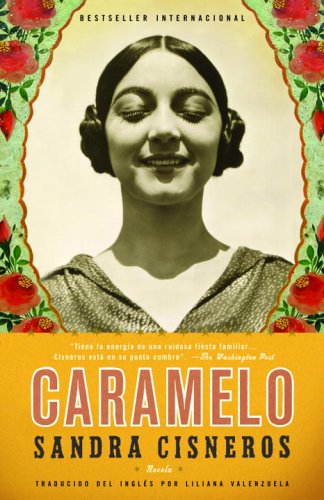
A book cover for Caramelo: En Espanol (Spanish Edition); Sandra Cisneros; Literature & Fiction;